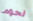
لحوم